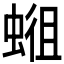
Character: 𱿭